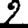
Digit: 2